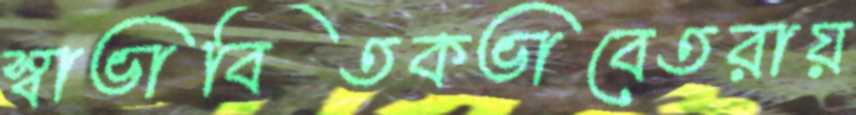
স্বাভাবিতকভাবেতরায়